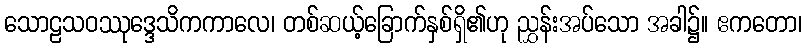
သောဠသဝဿုဒ္ဒေသိကကာလေ၊ တစ်ဆယ့်ခြောက်နှစ်ရှိ၏ဟု ညွှန်းအပ်သော အခါ၌။ ဧကတော၊